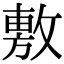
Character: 𢾾